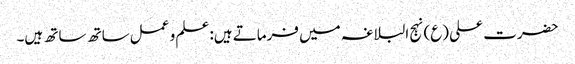
حضرت علی (ع) نہج البلاغہ میں فرماتے ہیں: علم و عمل ساتھ ساتھ ہیں۔